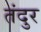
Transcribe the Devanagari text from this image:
तंदुर